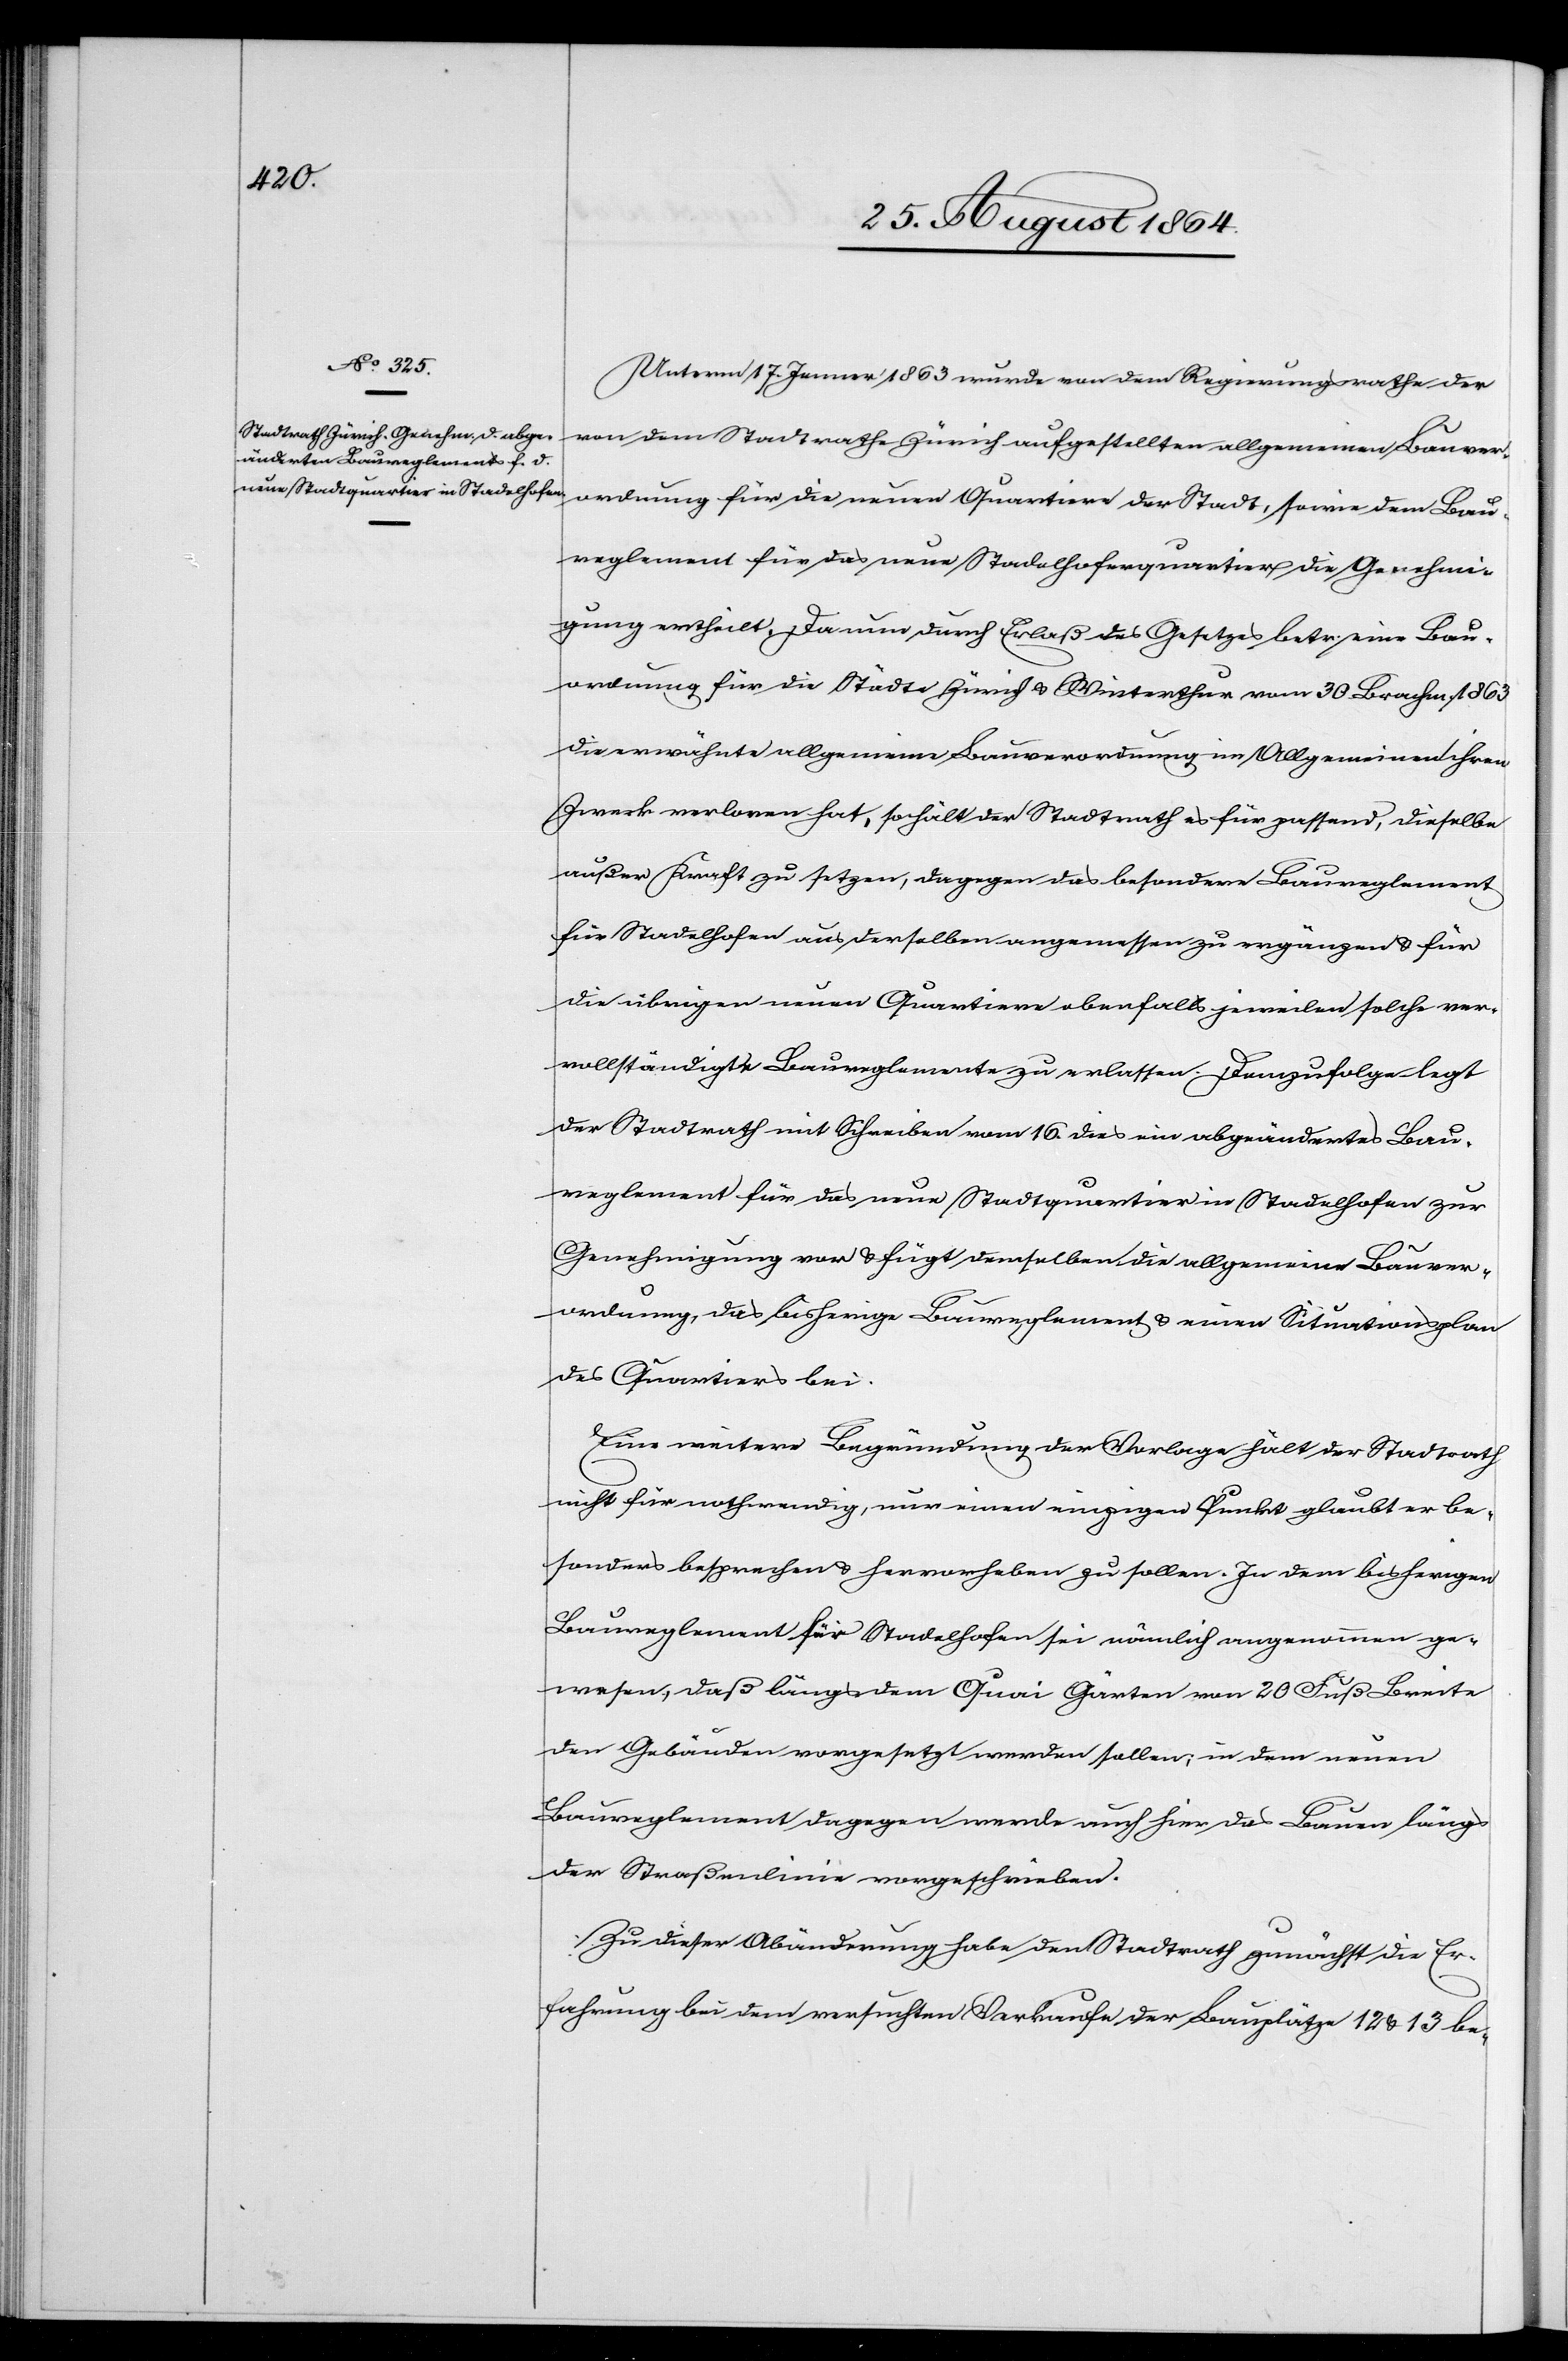
Unterm 17. Jenner 1863 wurde von dem Regierungsrathe der
von dem Stadtrathe Zürich aufgestellten allgemeinen Bauver¬
ordnung für die neuen Quartiere der Stadt, sowie dem Bau¬
reglement für das neue Stadelhoferquartier die Genehmi¬
gung ertheilt. Da nun durch Erlaß des Gesetzes betr. eine Bau¬
ordnung für die Städte Zürich & Winterthur vom 30. Brachm. 1863
die erwähnte allgemeine Bauverordnung im Allgemeinen ihren
Zweck verloren hat, so hält der Stadtrath es für passend, dieselbe
außer Kraft zu setzen, dagegen das besondere Baureglement
für Stadelhofen aus derselben angemessen zu ergänzen & für
die übrigen neuen Quartiere ebenfalls jeweilen solche ver¬
vollständigte Baureglemente zu erlassen. Demzufolge legt
der Stadtrath mit Schreiben vom 16. dies ein abgeändertes Bau¬
reglement für das neue Stadtquartier in Stadelhofen zur
Genehmigung vor & fügt demselben die allgemeine Bauver¬
ordnung, das bisherige Baureglement & einen Situationsplan
des Quartiers bei.
Eine weitere Begründung der Vorlage hält der Stadtrath
nicht für nothwendig, nur einen einzigen Punkt glaubt er be¬
sonders besprechen & hervorheben zu sollen. In dem bisherigen
Baureglement für Stadelhofen sei nämlich angenommen ge¬
wesen, daß längs dem Quai Gärten von 20 Fuß Breite
den Gebäuden vorgesetzt werden sollen; in dem neuen
Baureglement dagegen werde auch hier das Bauen längs
der Straßenlinie vorgeschrieben.
Zu dieser Abänderung habe den Stadtrath zunächst die Er¬
fahrung bei dem versuchten Verkaufe der Bauplätze 12 & 13 be-